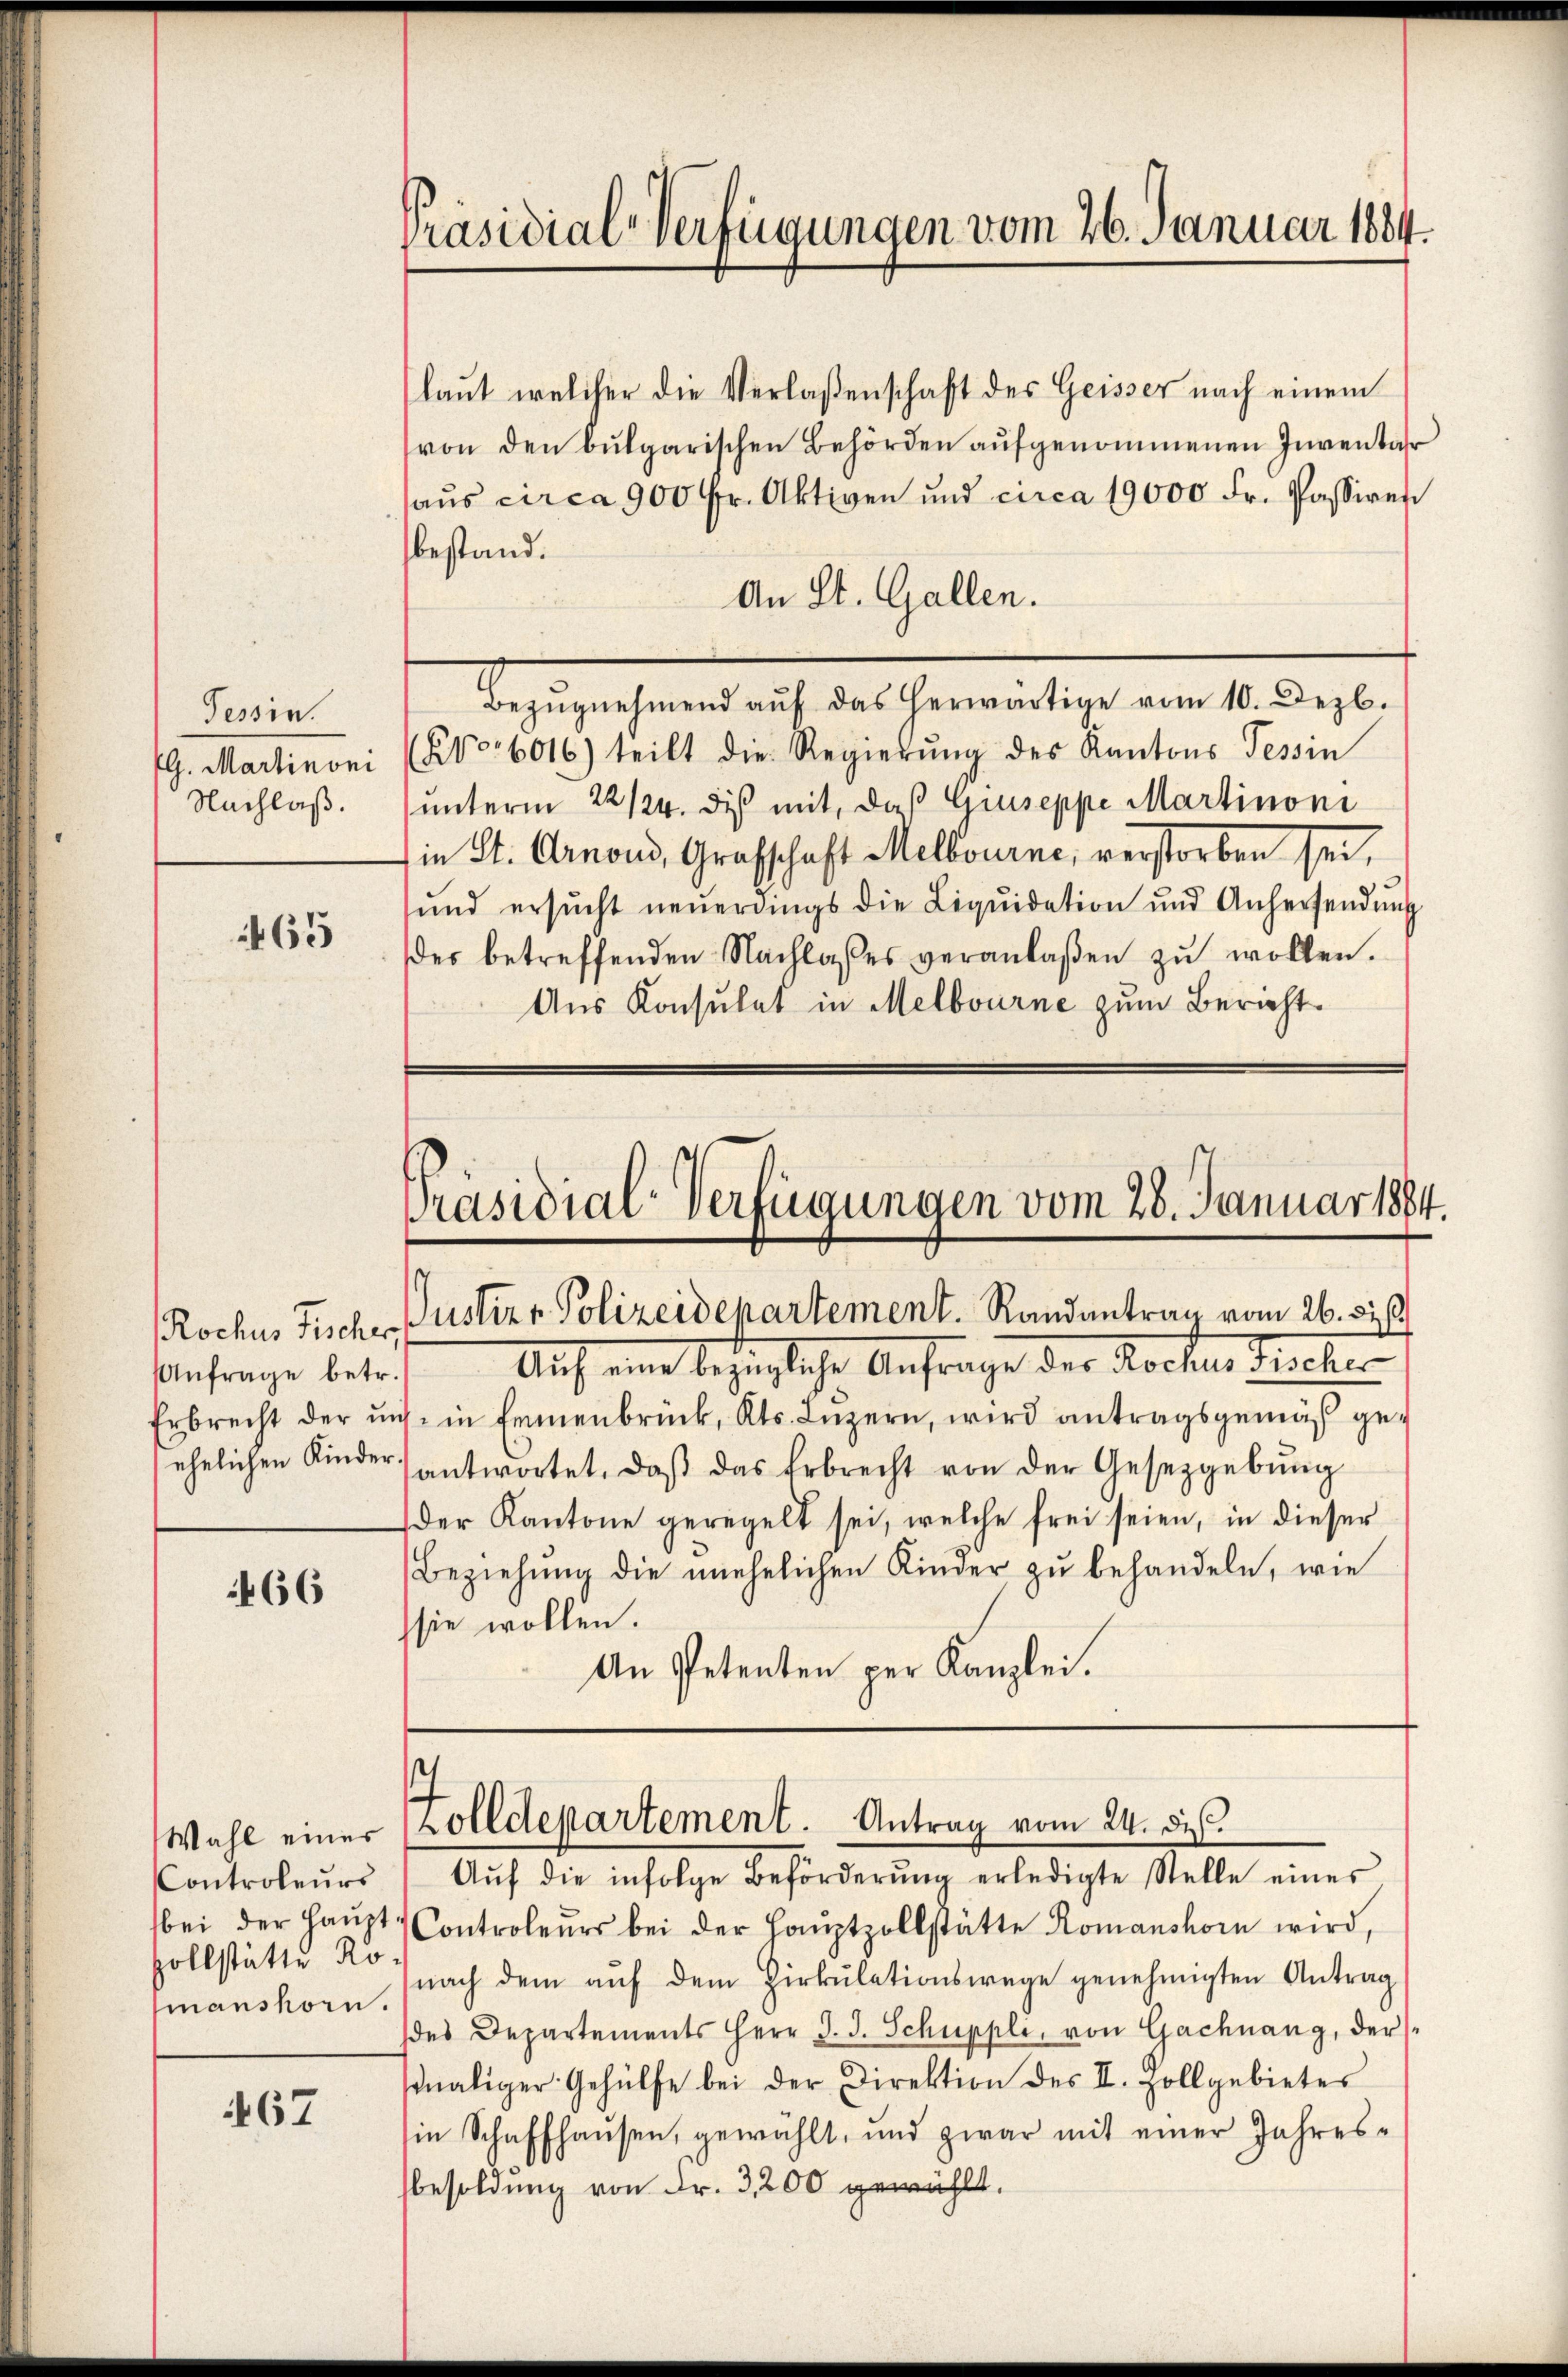
Tessin.
G. Martinoni
Nachlaß.

65

Anfrage betr.

466

Controleurs
vollstätte Ro
manshorn.

467

Präsidial-Verfügungen vom 26. Januar 1884.

(laut welcher die Verlaßenschaft des Geisser nach einem
von den bulgarischen Behörden aufgenommenen Invenbahr
haus circa 900 fr. Aktiven und circa 19000 Fr. Passiren
bestand.
An St. Gallen.
Bezŭgnehmend aŭf das herwärtige vom 10. Dezb.
No. 6016) teilt die Regierŭng des Kantons Tessin
unterm 22/24. diß mit, daß Gruseppe Martinoni
in St. Canond, Grafschaft Melbourne, verstorben sei,
sund ersŭcht neŭerdings die Liqŭidation und Anhersendŭng
des betreffenden Nachlasses veranlaßen zŭ wollen.
Aus Konsulat in Melbourne zum Bericht.

Präsidial-Verfügungen vom 28. Januar 1884.
Rochus Tischer Justiz - Polizeidepartement. Randantrag vom 26. 3

Auf eine bezügliche Anfrage der Kocher rechen
Erbrecht der uns in Ermenbrück, Kts. Luzern, wird antragsgemäß geehelichen Kinderantwortet, daβ das Erbrecht von der Gesetzgebung
der Kantone geregelt sei, welche frei seien, in dieser
Beziehŭng die unehelichen Kinder zŭ behandeln, wie
sie wollen.
An Petenten per Kanzlei.

bei der Haŭpt-Controleurs bei der Haŭptzollstätte Romanshorn wird,
nach dem aŭf dem Zirkŭlationswege genehmigten Antrag
des Departements Herr J. J. Schuppli, von Gachnang, der
sonaliger Gehülfe bei der Direktion des II. Zollgebietes
in Schaffhausen, gewählt, und zwar mit einer Jahres-
besoldung von Fr. 3200 gewählt.

h
Wahl einer Zolldepartement. Antrag vom 24. des
Aŭf die infolge Beförderŭng erledigte Stelle eines